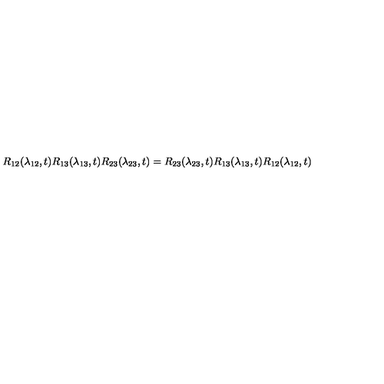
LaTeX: R _ { 1 2 } ( \lambda _ { 1 2 } , t ) R _ { 1 3 } ( \lambda _ { 1 3 } , t ) R _ { 2 3 } ( \lambda _ { 2 3 } , t ) = R _ { 2 3 } ( \lambda _ { 2 3 } , t ) R _ { 1 3 } ( \lambda _ { 1 3 } , t ) R _ { 1 2 } ( \lambda _ { 1 2 } , t )